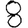
Digit: 8